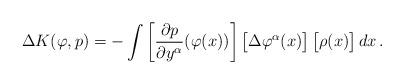
LaTeX: \begin{align*}\Delta K(\varphi,p)=-\int\left[\frac{\partial p}{\partial y^\alpha}(\varphi(x))\right]\bigl[\Delta\varphi^\alpha(x)\bigr]\,\bigl[\rho(x)\bigr]\,dx\,.\end{align*}